Scottish Leaving Certificate Examination, 1952
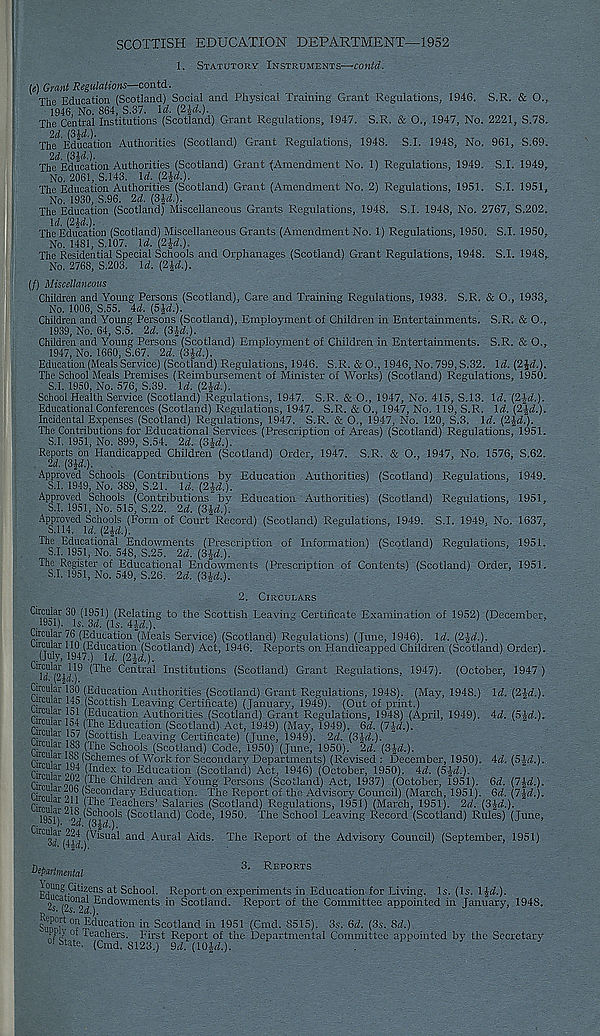
SCOTTISH EDUCATION DEPARTMENT—1952
1. Statutory Instruments—contd.
(e) Grant Regulations—contd.
The Education (Scotland) Social and Physical Training Grant Regulations, 1946. S.R. & O.,
1946, No. 864, S.37. Id. (2&d.).
The Central Institutions (Scotland) Grant Regulations, 1947, S.R. & O., 1947, No. 2221, S.78.
2d. (3ld.).
The Education Authorities (Scotland) Grant Regulations, 1948. S.I. 1948, No. 961, S.69.
2d. (314.).
The Education Authorities (Scotland) Grant (Amendment No. 1) Regulations, 1949. S.I. 1949,
No. 2061, S.143. Id. (2£d.).
The Education Authorities (Scotland) Grant (Amendment No. 2) Regulations, 1951. S.I. 1951,
No. 1930, S.96. 2d. (3£d.).
The Education (Scotland) Miscellaneous Grants Regulations, 1948. S.I. 1948, No. 2767, S.202.
Id. (2W.).
The Education (Scotland) Miscellaneous Grants (Amendment No. 1) Regulations, 1950. S.I. 1950.
No. 1481, S.107. Id. (2£d.).
The Residential Special Schools and Orphanages (Scotland) Grunt Regulations, 1948. S.I. 1948,
No. 2768, S.203. Id. (2£d.).
(/) Miscellaneous
Children and Young Persons (Scotland), Care and Training Regulations, 1933. S.R. & O., 1933,
No. 1006, S.55. 4d. (5£d.).
Children and Young Persons (Scotland), Employment of Children in Entertainments. S.R. & O.,
1939, No. 64, S.5. 2d. (3Id.).
Children and Young Persons (Scotland) Employment of Children in Entertainments. S.R. & O.,
1947, No. 1660, S.67. 2d. (3£d.).
Education (Meals Service) (Scotland) Regulations, 1946. S.R. &0., 1946, No. 799, S.32. Id. (2£d.).
The School Meals Premises (Reimbursement of Minister of Works) (Scotland) Regulations, 1950.
S.I. 1950, No. 576, S.39. Id. (2£d.).
School Health Service (Scotland) Regulations, 1947. S.R. & O., 1947, No. 415, S.13. Id. (2£d.).
Educational Conferences (Scotland) Regulations, 1947. S.R. & O., 1947, No. 119, S.R. Id. (2£d.).
Incidental Expenses (Scotland) Regulations, 1947. S.R. & O., 1947, No. 120, S.3. Id. (2£d.).
The Contributions for Educational Services (Prescription of Areas) (Scotland) Regulations, 1951.
S.I. 1951, No. 899, S.54. 2d. (3£d.).
Reports on Handicapped Children (Scotland) Order, 1947. S.R. & O., 1947, No. 1576, S.62.
2d. (3Jd.).
Approved Schools (Contributions by Education Authorities) (Scotland) Regulations, 1949.
S.I. 1949, No. 389, S.21. Id. (2£d.).
Approved Schools (Contributions by Education Authorities) (Scotland) Regulations, 1951,
S.I. 1951, No. 515, S.22. 2d. (3Jd.).
Approved Schools (Form of Court Record) (Scotland) Regulations, 1949. S.I. 1949, No. 1637,
S.114. Id, (2|d.).
The Educational Endowments (Prescription of Information) (Scotland) Regulations, 1951.
S.I. 1851, No. 548, S.25. 2d. (3£d.).
The Register of Educational Endowments (Prescription of Contents) (Scotland) Order, 1951.
S.I. 1951, No. 549, S.26. 2d. (3id.).
2. Circulars
Circular 30 (1951) (Relating to the Scottish Leaving Certificate Examination of 1952) (December,
1951). Is. 3d. (Is. 41ft.}.
Circular 76 (Education (Meals Service) (Scotland) Regulations) (June, 1946). Id. (2Id.).
Circular 110 (Education (Scotland) Act, 1946. Reports on Handicapped Children (Scotland) Order).
(July, 1947.) Id. (2Jd.)..
is'rai] 1 ! 9
Central Institutions (Scotland) Grant Regulations, 1947). (October, 1947 )
Circular 130 (Education Authorities (Scotland) Grant Regulations, 1948). (May, 1948.) 1<2. (2&d.).
circular 145.(Scottish Leaving Certificate) (January, 1949). (Out of print.)
ireu ar lol (Education Authorities (Scotland) Grant Regulations, 1948) (April, 1949). 4d. (5M.).
circular 154 (The Education (Scotland) Act, 1949) (May, 1949). 6d. (7p.).
euar 157 (Scottish Leaving Certificate) (June, 1949). 2d. (SM.).
Siloo/ The Schools (Scotland) Code, 1950) (June, 1950). 2d. (3-|^.).
rimli in < ^c^e mes of Work for Secondary Departments) (Revised : December, 1950). 4d. (Sid.).
fhwT ono (Illdex t0 Education (Scotland) Act, 1946) (October, 1950). 4d. (5$d.).
Cirniu oni i?* 16 Children and Young Persons (Scotland) Act, 1937) (October, 1951). 6d. (7%d.).
rirAi oil (Seeondary Education. The Report of the Advisory Council) (March, 1951). 6d. [lid.).
rSo i ( I he Teachers’ Salaries (Scotland) Regulations, 1951) (March, 1951). 2d. (S-kZ.).
195?)
^c o^and ) Code, 1950. The School Leaving Record (Scotland) Rules) (June,
^Visual and . Aural Aids. The Report of the Advisory Council) (September, 1951)
Departmental
^^gCitiz ens at School. Report on experiments in Education for Living. Is. (Is. l%d.).
2 S
Endowments in Scotland. Report of the Committee appointed in January, 1948.
Education in Scotland in 1951 (Cmd. 8515). 3s. 6d. (3s. Sd.)
J - eac Eers. First Report of the Departmental Committee appointed by the Secretary
of State. (Cmd. 8123.) 9rf. (10|rf.).
.
-
Reports